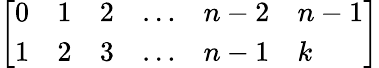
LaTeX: \left[\begin{array}{llllll}{0}&{1}&{2}&{\dots}&{n-2}&{n-1}\\ {1}&{2}&{3}&{\dots}&{n-1}&{k}\end{array}\right]